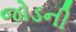
જોડની